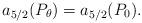
LaTeX: \begin{align*}a_{5/2}(P_\theta)=a_{5/2}(P_0).\end{align*}